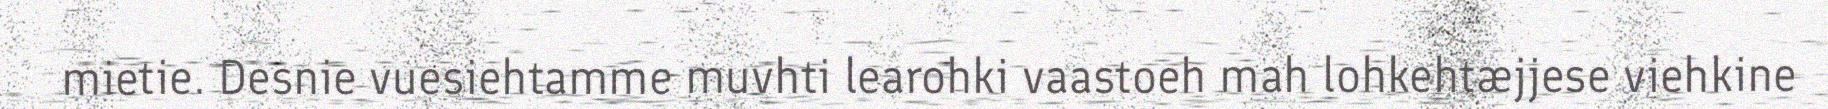
mietie. Desnie vuesiehtamme muvhti learohki vaastoeh mah lohkehtæjjese viehkine